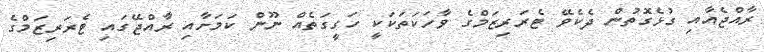
ރާއްޖެއާއި ގުޅެގޮތުން ދެކެވޭ ޓެރަރިޒަމްގެ ވާހަކަތަކަކީ ހަގީގަތެއް ނޫން ކަމަށާއި ރާއްޖޭގައި ޓެރަރިޒަމްގެ